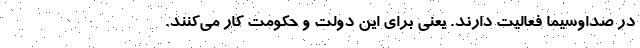
در صداوسیما فعالیت دارند. یعنی برای این دولت و حکومت کار می‌کنند.